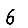
Digit: 6